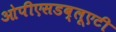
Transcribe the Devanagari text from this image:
ओपीएसडब्लूएटी